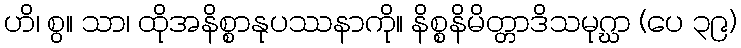
ဟိ၊ စွ။ သာ၊ ထိုအနိစ္စာနုပဿနာကို။ နိစ္စနိမိတ္တာဒိသမုဂ္ဃာ (ပေ ၃၉)